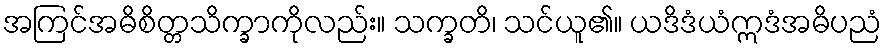
အကြင်အဓိစိတ္တသိက္ခာကိုလည်း။ သက္ခတိ၊ သင်ယူ၏။ ယဒိဒံယံဣဒံအဓိပညံ